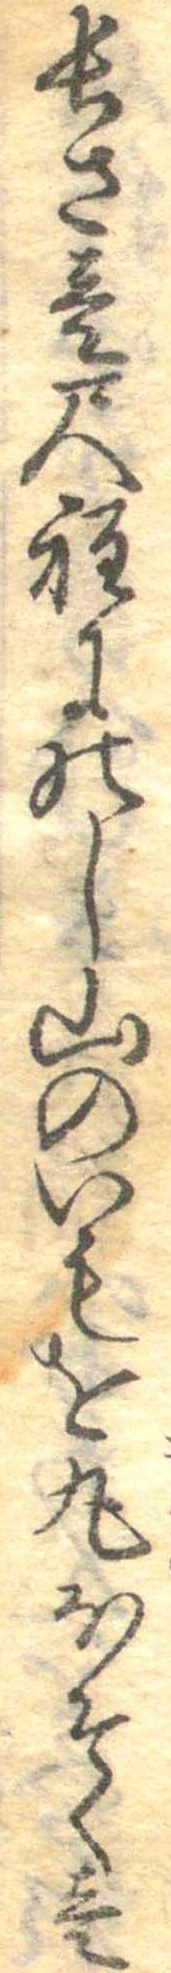
長さ壱尺程にのし山のいもを丸ほそく壱